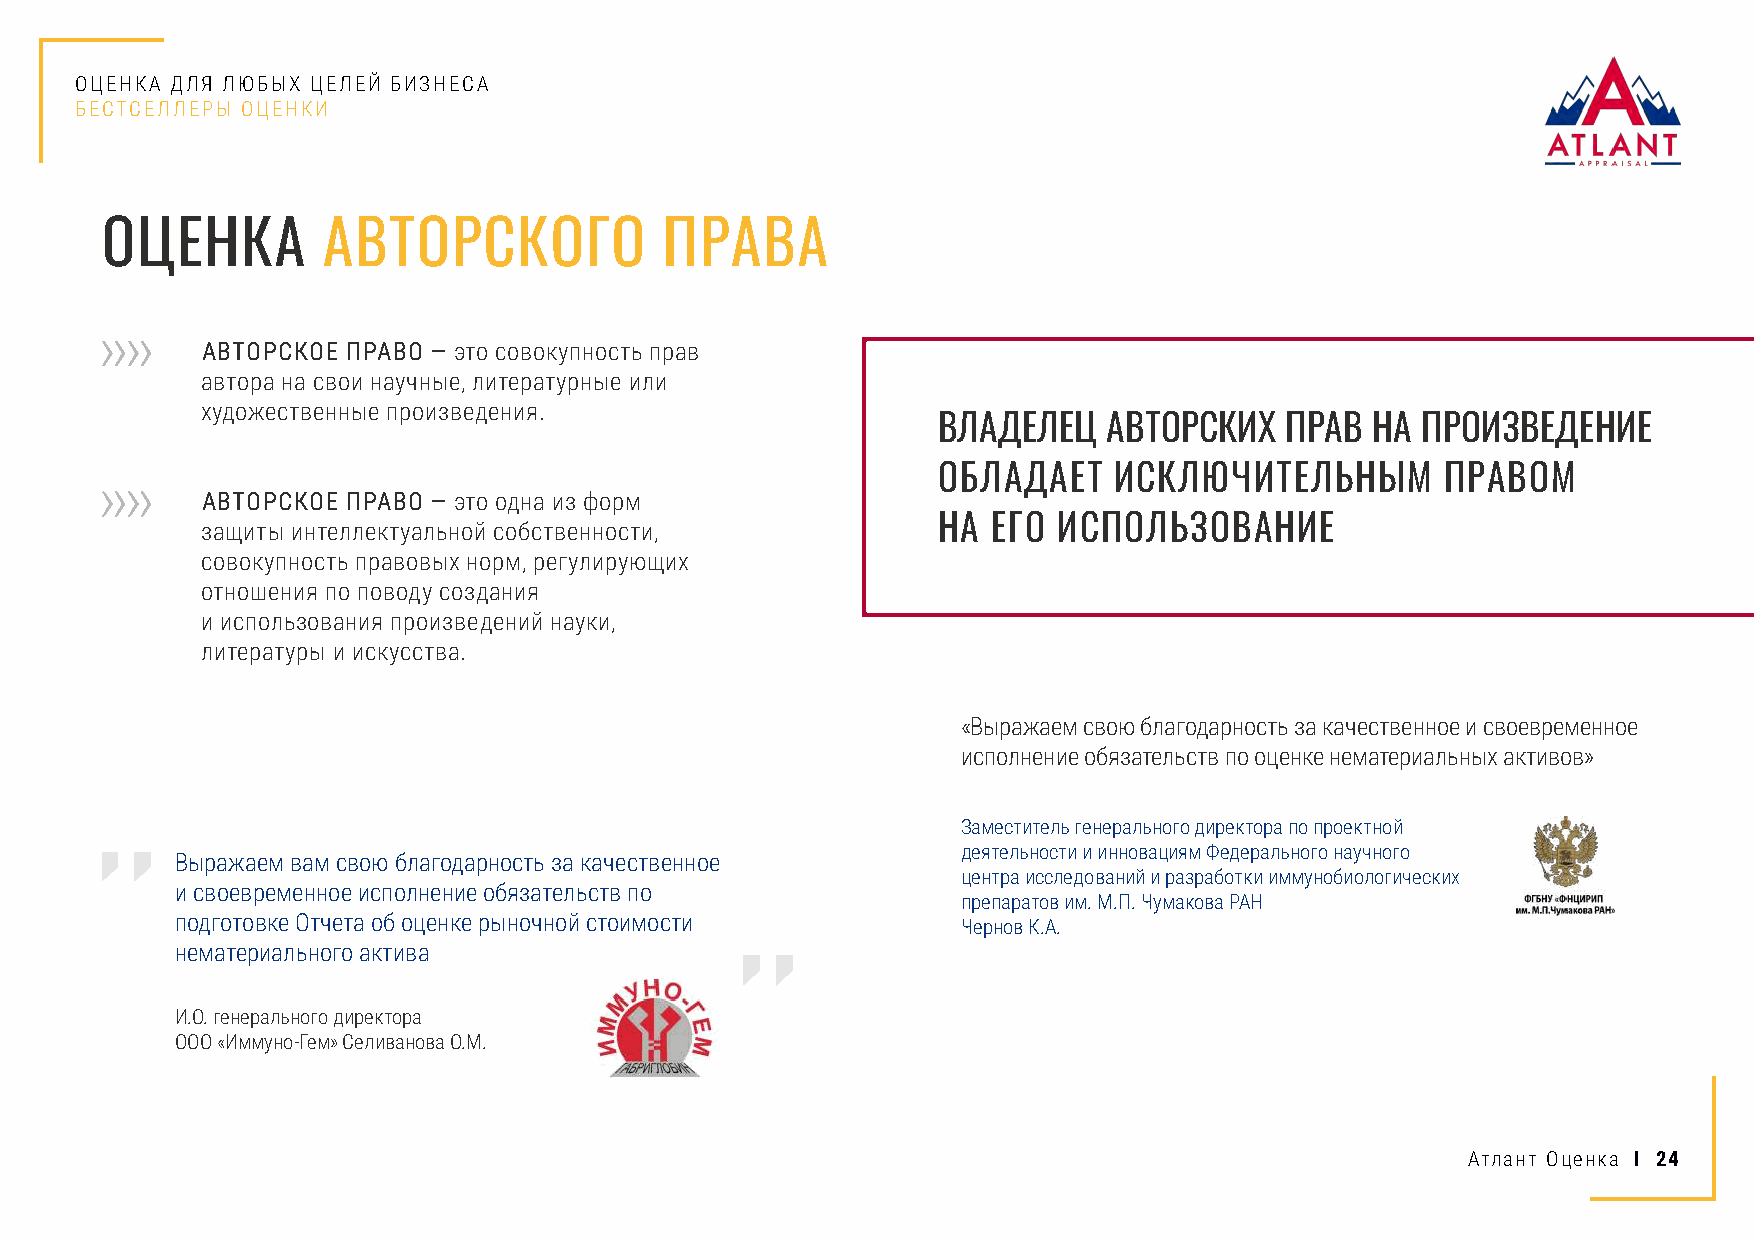
ОЦЕНКА ДЛЯ ЛЮБЫХ ЦЕЛЕЙ БИЗНЕСА
 БЕСТСЕЛЛЕРЫ ОЦЕНКИ
 ОЦЕНКА        АВТОРСКОГО             ПРАВА
 АВТОРСКОЕ ПРАВО — это совокупность прав
 автора на свои научные, литературные или
 художественные произведения.
 ВЛАДЕЛЕЦ   АВТОРСКИХ   ПРАВ  НА ПРОИЗВЕДЕНИЕ
 ОБЛАДАЕТ    ИСКЛЮЧИТЕЛЬНЫМ        ПРАВОМ
 АВТОРСКОЕ ПРАВО — это одна из форм
 НА  ЕГО ИСПОЛЬЗОВАНИЕ
 защиты интеллектуальной собственности,
 совокупность правовых норм, регулирующих
 отношения по поводу создания
 и использования произведений науки,
 литературы и искусства.
 «Выражаем свою благодарность за качественное и своевременное
 исполнение обязательств по оценке нематериальных активов»
 Заместитель генерального директора по проектной
 деятельности и инновациям Федерального научного
 Выражаем вам свою благодарность за качественное
 центра исследований и разработки иммунобиологических
 и своевременное исполнение обязательств по
 препаратов им. М.П. Чумакова РАН
 подготовке Отчета об оценке рыночной стоимости      Чернов К.А.
 нематериального актива
 И.О. генерального директора
 ООО «Иммуно-Гем» Селиванова О.М.
 Атлант Оценка I 24